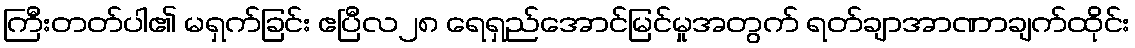
ကြီးတတ်ပါ၏ မရှက်ခြင်း ဧပြီလ၂၈ ရေရှည်အောင်မြင်မှုအတွက် ရတ်ချာအာဏာချက်ထိုင်း